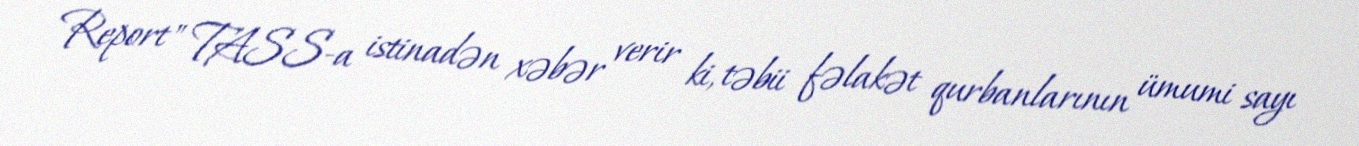
Report" TASS-a istinadən xəbər verir ki, təbii fəlakət qurbanlarının ümumi sayı